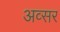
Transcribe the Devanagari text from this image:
अव्सर